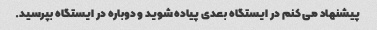
پیشنهاد می کنم در ایستگاه بعدی پیاده شوید و دوباره در ایستگاه بپرسید.